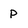
Character: P